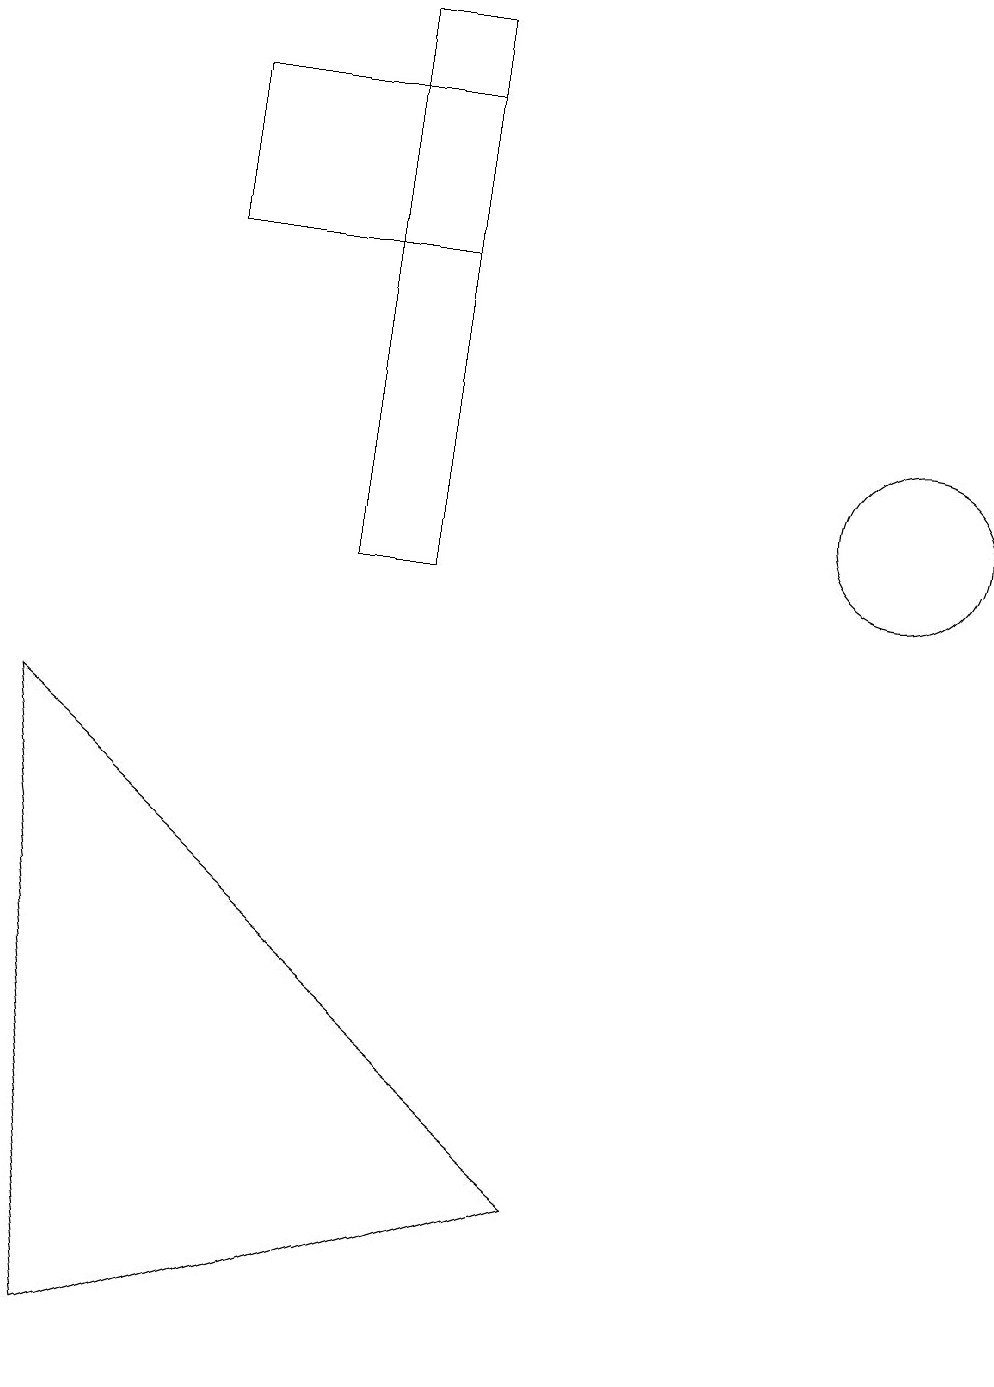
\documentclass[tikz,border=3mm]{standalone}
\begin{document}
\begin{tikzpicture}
\draw (5,10) rectangle (4,17);
\draw (1,0) -- (0,8) -- (7,2) -- cycle;
\draw (5,14) rectangle (2,16);
\draw (11,11) circle (1);
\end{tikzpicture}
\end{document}